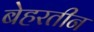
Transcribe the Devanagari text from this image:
बेहरतीन